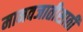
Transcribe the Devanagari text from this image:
मानवजातीसाठी